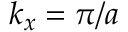
k _ { x } = \pi / a